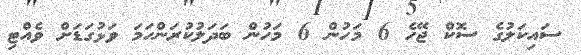
ސައިކަލުގެ ސޮކް ޖޭހެ 6 މަހުން 6 މަހުން ބަދަލުކުރަންހަމަ ވަޅުގަޑަށް ވެއްޓި